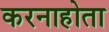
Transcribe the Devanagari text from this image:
करनाहोता